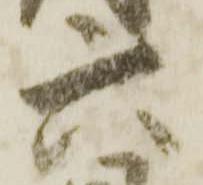
六